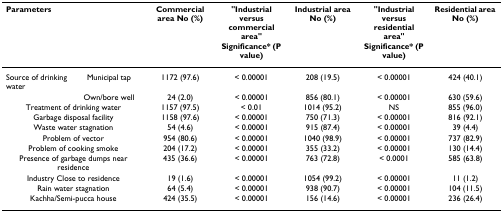
<table><thead><tr><td colspan="2"><b>Parameters</b></td><td><b>Commercial area No (%)</b></td><td><b>&quot;Industrial versus commercial area&quot; Significance* (P value)</b></td><td><b>Industrial area No (%)</b></td><td><b>&quot;Industrial versus residential area&quot; Significance* (P value)</b></td><td><b>Residential area No (%)</b></td></tr></thead><tbody><tr><td>Source of drinking water</td><td>Municipal tap</td><td>1172 (97.6)</td><td>&lt; 0.00001</td><td>208 (19.5)</td><td>&lt; 0.00001</td><td>424 (40.1)</td></tr><tr><td></td><td>Own/bore well</td><td>24 (2.0)</td><td>&lt; 0.00001</td><td>856 (80.1)</td><td>&lt; 0.00001</td><td>630 (59.6)</td></tr><tr><td colspan="2">Treatment of drinking water</td><td>1157 (97.5)</td><td>&lt; 0.01</td><td>1014 (95.2)</td><td>NS</td><td>855 (96.0)</td></tr><tr><td colspan="2">Garbage disposal facility</td><td>1158 (97.6)</td><td>&lt; 0.00001</td><td>750 (71.3)</td><td>&lt; 0.00001</td><td>816 (92.1)</td></tr><tr><td colspan="2">Waste water stagnation</td><td>54 (4.6)</td><td>&lt; 0.00001</td><td>915 (87.4)</td><td>&lt; 0.00001</td><td>39 (4.4)</td></tr><tr><td colspan="2">Problem of vector</td><td>954 (80.6)</td><td>&lt; 0.00001</td><td>1040 (98.9)</td><td>&lt; 0.00001</td><td>737 (82.9)</td></tr><tr><td colspan="2">Problem of cooking smoke</td><td>204 (17.2)</td><td>&lt; 0.00001</td><td>355 (33.2)</td><td>&lt; 0.00001</td><td>130 (14.4)</td></tr><tr><td colspan="2">Presence of garbage dumps near residence</td><td>435 (36.6)</td><td>&lt; 0.00001</td><td>763 (72.8)</td><td>&lt; 0.0001</td><td>585 (63.8)</td></tr><tr><td colspan="2">Industry Close to residence</td><td>19 (1.6)</td><td>&lt; 0.00001</td><td>1054 (99.2)</td><td>&lt; 0.00001</td><td>11 (1.2)</td></tr><tr><td colspan="2">Rain water stagnation</td><td>64 (5.4)</td><td>&lt; 0.00001</td><td>938 (90.7)</td><td>&lt; 0.00001</td><td>104 (11.5)</td></tr><tr><td colspan="2">Kachha/Semi-pucca house</td><td>424 (35.5)</td><td>&lt; 0.00001</td><td>156 (14.6)</td><td>&lt; 0.00001</td><td>236 (26.4)</td></tr></tbody></table>